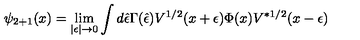
\psi _ { 2 + 1 } ( x ) = \lim _ { | \epsilon | \rightarrow 0 } \int d \hat { \epsilon } \Gamma ( \hat { \epsilon } ) V ^ { 1 / 2 } ( x + \epsilon ) \Phi ( x ) V ^ { * 1 / 2 } ( x - \epsilon )